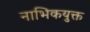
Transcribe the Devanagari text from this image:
नाभिकयुक्त